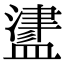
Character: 𥂵